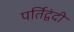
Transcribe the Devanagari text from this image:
पर्तिद्वंदी